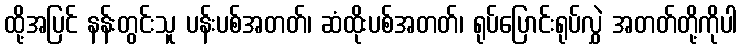
ထို့အပြင် နန်းတွင်းသူ ပန်းပစ်အတတ်၊ ဆံထိုးပစ်အတတ်၊ ရုပ်ပြောင်းရုပ်လွှဲ အတတ်တို့ကိုပါ